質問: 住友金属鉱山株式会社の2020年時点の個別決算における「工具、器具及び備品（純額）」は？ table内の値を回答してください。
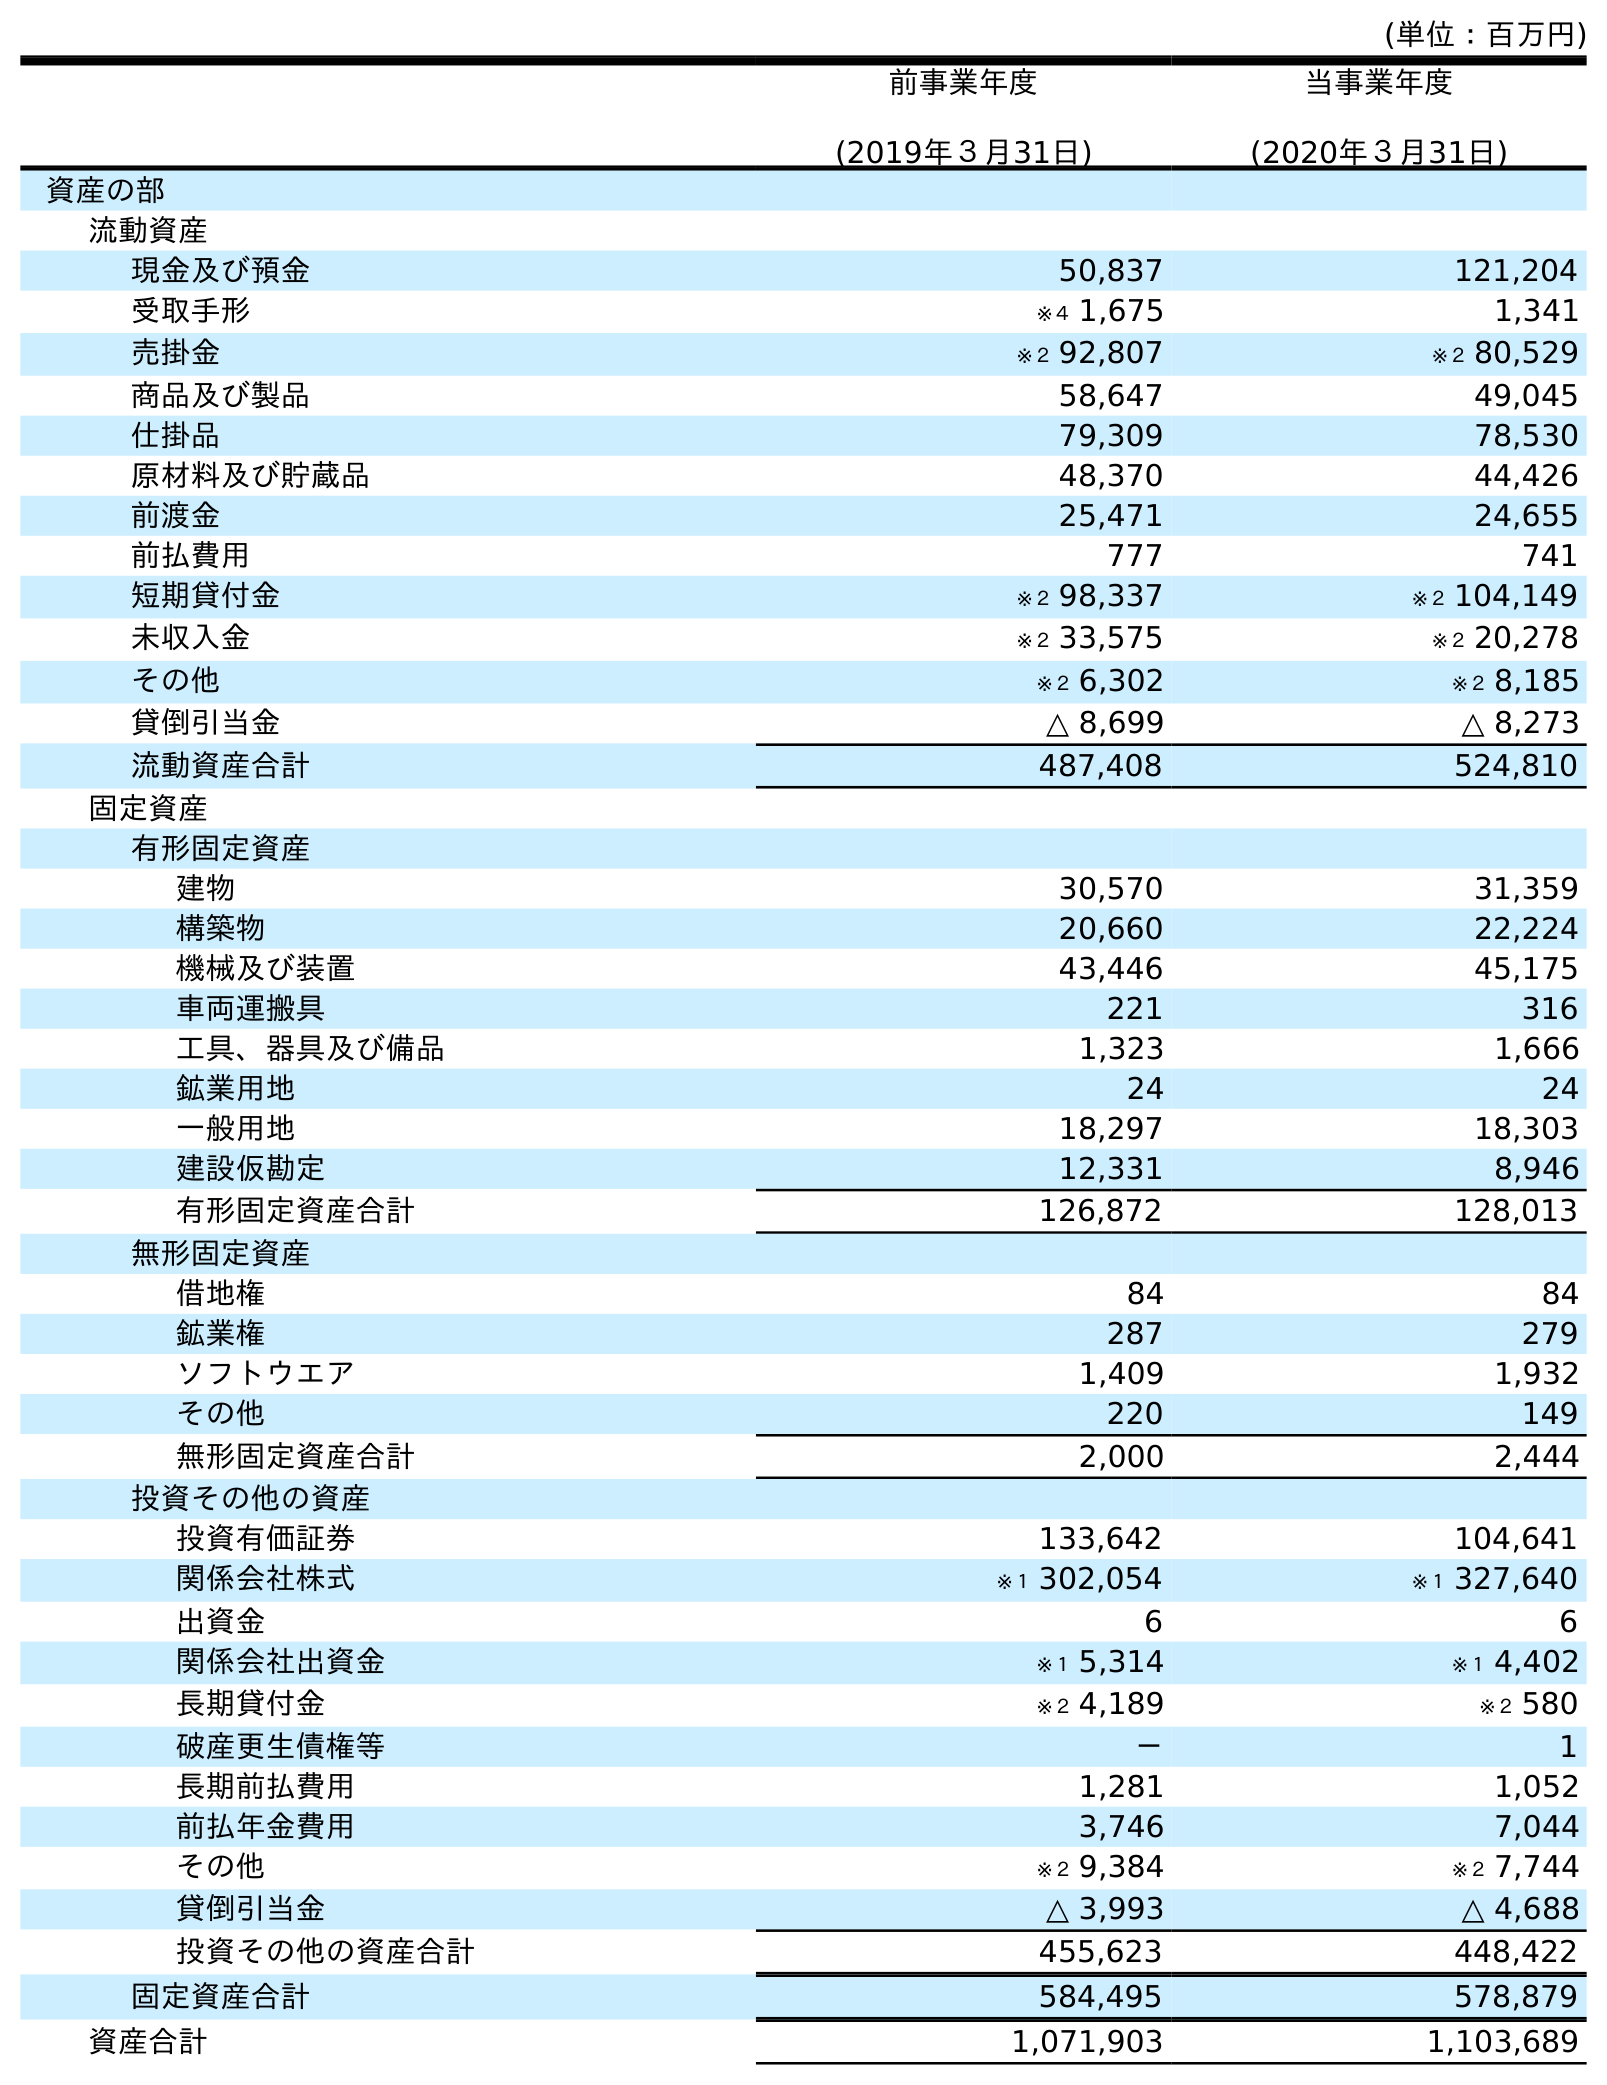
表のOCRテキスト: (単位：百万円) 前事業年度 (2019年３月31日) 当事業年度 (2020年３月31日) 資産の部 流動資産 現金及び預金 50,837 121,204 受取手形 ※４ 1,675 1,341 売掛金 ※２ 92,807 ※２ 80,529 商品及び製品 58,647 49,045 仕掛品 79,309 78,530 原材料及び貯蔵品 48,370 44,426 前渡金 25,471 24,655 前払費用 777 741 短期貸付金 ※２ 98,337 ※２ 104,149 未収入金 ※２ 33,575 ※２ 20,278 その他 ※２ 6,302 ※２ 8,185 貸倒引当金 △ 8,699 △ 8,273 流動資産合計 487,408 524,810 固定資産 有形固定資産 建物 30,570 31,359 構築物 20,660 22,224 機械及び装置 43,446 45,175 車両運搬具 221 316 工具、器具及び備品 1,323 1,666 鉱業用地 24 24 一般用地 18,297 18,303 建設仮勘定 12,331 8,946 有形固定資産合計 126,872 128,013 無形固定資産 借地権 84 84 鉱業権 287 279 ソフトウエア 1,409 1,932 その他 220 149 無形固定資産合計 2,000 2,444 投資その他の資産 投資有価証券 133,642 104,641 関係会社株式 ※１ 302,054 ※１ 327,640 出資金 6 6 関係会社出資金 ※１ 5,314 ※１ 4,402 長期貸付金 ※２ 4,189 ※２ 580 破産更生債権等 － 1 長期前払費用 1,281 1,052 前払年金費用 3,746 7,044 その他 ※２ 9,384 ※２ 7,744 貸倒引当金 △ 3,993 △ 4,688 投資その他の資産合計 455,623 448,422 固定資産合計 584,495 578,879 資産合計 1,071,903 1,103,689
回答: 1,666